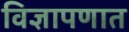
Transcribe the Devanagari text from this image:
विज्ञापणात